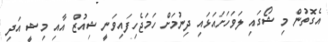
އެގޮތުން މި ޝޯގައި ލަވަހަށައަޅައި ދިނުމަށް ހަމަޖެހިފައިވަނީ ޝިއުޒް އާއި މިޝީ އަދި